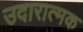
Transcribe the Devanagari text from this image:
उदारात्मक